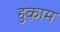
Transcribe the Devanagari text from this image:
हुकाम